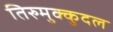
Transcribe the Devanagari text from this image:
तिरुमुक्कुदल